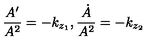
\frac { A ^ { \prime } } { A ^ { 2 } } = - k _ { z _ { 1 } } , \frac { \dot { A } } { A ^ { 2 } } = - k _ { z _ { 2 } }